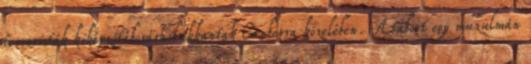
terroristák kiképzőtáborára bukkantak Canberra közelében. A tábort egy muzulmán